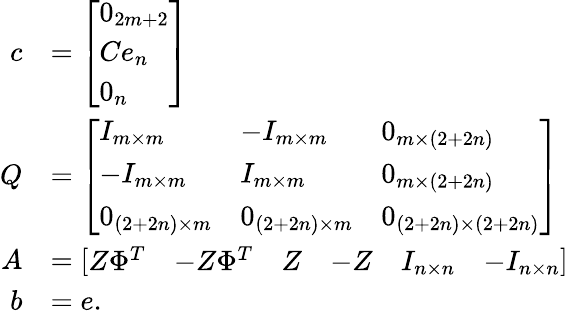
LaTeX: \begin{array}{rl}{c}&{=\left[\begin{array}{l}{0_{2m+2}}\\ {Ce_{n}}\\ {0_{n}}\end{array}\right]}\\ {Q}&{=\left[\begin{array}{lll}{I_{m\times m}}&{-I_{m\times m}}&{0_{m\times(2+2n)}}\\ {-I_{m\times m}}&{I_{m\times m}}&{0_{m\times(2+2n)}}\\ {0_{(2+2n)\times m}}&{0_{(2+2n)\times m}}&{0_{(2+2n)\times(2+2n)}}\end{array}\right]}\\ {A}&{=\left[\begin{array}{llllll}{Z\Phi^{T}}&{-Z\Phi^{T}}&{Z}&{-Z}&{I_{n\times n}}&{-I_{n\times n}}\end{array}\right]}\\ {b}&{=e.}\end{array}